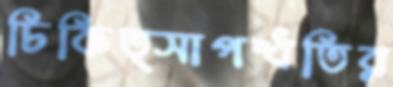
চিকিত্সাপদ্ধতির